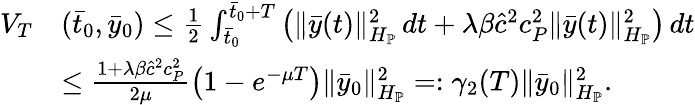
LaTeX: \begin{array}{rl}{V_{T}}&{(\bar{t}_{0},\bar{y}_{0})\leq\frac{1}{2}\int_{\bar{t}_{0}}^{\bar{t}_{0}+T}\left(\| \bar{y}(t)\| _{H_{\mathbb{P}}}^{2}\, dt+\lambda\beta\hat{c}^{2}c_{P}^{2}\| \bar{y}(t)\| _{H_{\mathbb{P}}}^{2}\right)\, dt}\\ &{\leq\frac{1+\lambda\beta\hat{c}^{2}c_{P}^{2}}{2\mu}\left(1-e^{-\mu T}\right)\| \bar{y}_{0}\| _{H_{\mathbb{P}}}^{2}=:\gamma_{2}(T)\| \bar{y}_{0}\| _{H_{\mathbb{P}}}^{2}.}\end{array}